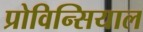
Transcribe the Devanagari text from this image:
प्रोविन्सियाल